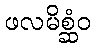
ဖလမိစ္ဆံဝ